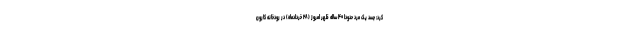
کرد: جسد یک مرد حدودا ۴۰ ساله ظهر امروز (۲۸ خردادماه) در رودخانه کارون